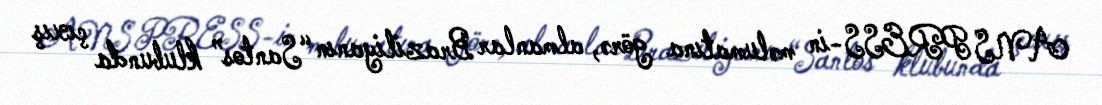
ANS PRESS-in məlumatına görə, almanlar Braziliyanın “Santos” klubunda çıxış